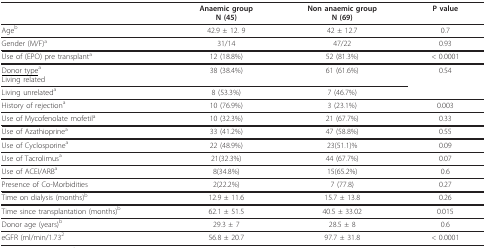
<table><thead><tr><td></td><td><b>Anaemic groupN (45)</b></td><td><b>Non anaemic groupN (69)</b></td><td><b>P value</b></td></tr></thead><tbody><tr><td>Age<sup>b</sup></td><td>42.9 ± 12. 9</td><td>42 ± 12.7</td><td>0.7</td></tr><tr><td>Gender (M/F)<sup>a</sup></td><td>31/14</td><td>47/22</td><td>0.93</td></tr><tr><td>Use of (EPO) pre transplant<sup>a</sup></td><td>12 (18.8%)</td><td>52 (81.3%)</td><td>&lt; 0.0001</td></tr><tr><td><underline>Donor type</underline><sup>a</sup>Living related</td><td>38 (38.4%)</td><td>61 (61.6%)</td><td>0.54</td></tr><tr><td>Living unrelated<sup>a</sup></td><td>8 (53.3%)</td><td>7 (46.7%)</td><td></td></tr><tr><td>History of rejection<sup>a</sup></td><td>10 (76.9%)</td><td>3 (23.1%)</td><td>0.003</td></tr><tr><td>Use of Mycofenolate mofetil<sup>a</sup></td><td>10 (32.3%)</td><td>21 (67.7%)</td><td>0.33</td></tr><tr><td>Use of Azathioprine<sup>a</sup></td><td>33 (41.2%)</td><td>47 (58.8%)</td><td>0.55</td></tr><tr><td>Use of Cyclosporine<sup>a</sup></td><td>22 (48.9%)</td><td>23(51.1)%</td><td>0.09</td></tr><tr><td>Use of Tacrolimus<sup>a</sup></td><td>21(32.3%)</td><td>44 (67.7%)</td><td>0.07</td></tr><tr><td>Use of ACEI/ARB<sup>a</sup></td><td>8(34.8%)</td><td>15(65.2%)</td><td>0.6</td></tr><tr><td>Presence of Co-Morbidities</td><td>2(22.2%)</td><td>7 (77.8)</td><td>0.27</td></tr><tr><td>Time on dialysis (months)<sup>b</sup></td><td>12.9 ± 11.6</td><td>15.7 ± 13.8</td><td>0.26</td></tr><tr><td>Time since transplantation (months)<sup>b</sup></td><td>62.1 ± 51.5</td><td>40.5 ± 33.02</td><td>0.015</td></tr><tr><td>Donor age (years)<sup>b</sup></td><td>29.3 ± 7</td><td>28.5 ± 8</td><td>0.6</td></tr><tr><td>eGFR (ml/min/1.73<sup>2</sup></td><td>56.8 ± 20.7</td><td>97.7 ± 31.8</td><td>&lt; 0.0001</td></tr></tbody></table>